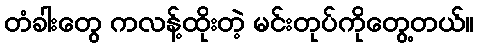
တံခါးတွေ ကလန့်ထိုးတဲ့ မင်းတုပ်ကိုတွေ့တယ်။